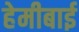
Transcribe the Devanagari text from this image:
हेमीबाई